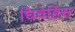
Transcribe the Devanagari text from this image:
धिवेहिस